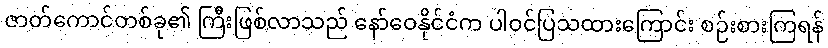
ဇာတ်ကောင်တစ်ခု၏ ကြီးဖြစ်လာသည် နော်ဝေနိုင်ငံက ပါဝင်ပြသထားကြောင်း စဉ်းစားကြရန်